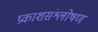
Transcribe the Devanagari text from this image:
प्रकाशसंश्लोषण